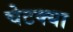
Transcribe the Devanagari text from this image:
चेटक्या